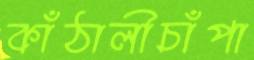
কাঁঠালীচাঁপা